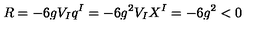
R = - 6 g V _ { I } q ^ { I } = - 6 g ^ { 2 } V _ { I } X ^ { I } = - 6 g ^ { 2 } < 0